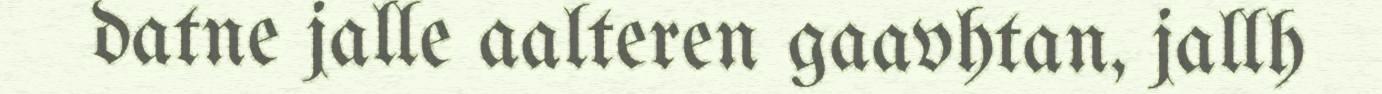
datne jalle aalteren gaavhtan, jallh